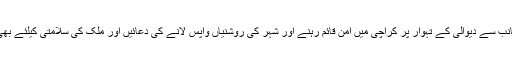
کراچی میں موجود ہندو اقلیت کی جانب سے دیوالی کے تہوار پر کراچی میں امن قائم رہنے اور شہر کی روشنیاں واپس لانے کی دعائیں اور ملک کی سلامتی کیلئے بھی خصوصی دعاوٴں کا اہتمام کیا گیا۔